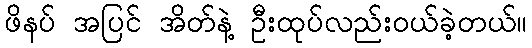
ဖိနပ် အပြင် အိတ်နဲ့ ဦးထုပ်လည်းဝယ်ခဲ့တယ်။